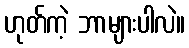
ဟုတ်ကဲ့ ဘာများပါလဲ။